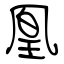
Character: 凰